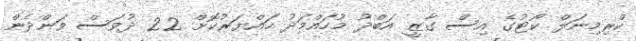
ކްރިމިނަލް ކޯޓުގެ އިސް ގާޒީ އަބްދު މުހައްމަދު ހައްޔަރުކޮށް 22 ދުވަސް ވަންދެން